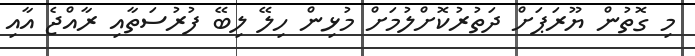
މި ގޮތުން ޔޫރަޕަށް ދަތުރުކޮށްލުމަށް މުޅިން ހިލޭ ލިބޭ ފުރުސަތާއި ރާއްޖެ އާއި